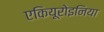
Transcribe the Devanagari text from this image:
एकियूरोइनिया